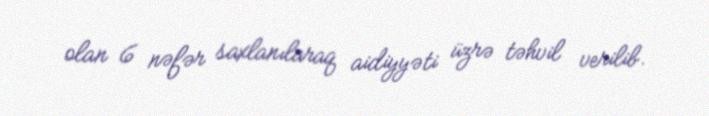
olan 6 nəfər saxlanılaraq aidiyyəti üzrə təhvil verilib.